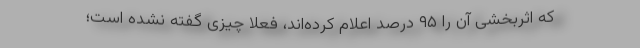
که اثربخشی آن را ۹۵ درصد اعلام کرده‌اند، فعلا چیزی گفته نشده است؛